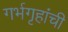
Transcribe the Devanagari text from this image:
गर्भगृहांची